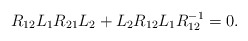
\begin{align*}R_{12}L_1R_{21}L_2+L_2R_{12}L_1R_{12}^{-1}=0. \end{align*}